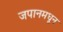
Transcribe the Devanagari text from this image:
जपानमधून